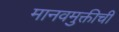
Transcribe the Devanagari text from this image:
मानवमुक्तीची